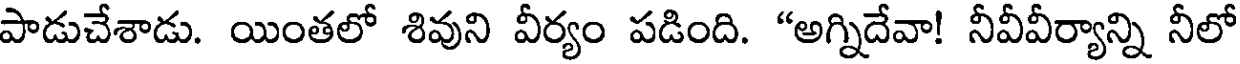
పాడుచేశాడు. యింతలో శివుని వీర్యం పడింది. "అగ్నిదేవా! నీవీవీర్యాన్ని నీలో